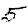
Digit: 5